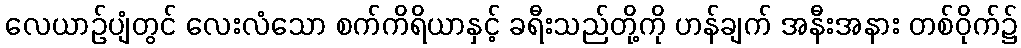
လေယာဉ်ပျံတွင် လေးလံသော စက်ကိရိယာနှင့် ခရီးသည်တို့ကို ဟန်ချက် အနီးအနား တစ်ဝိုက်၌